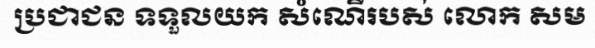
ប្រជាជន ទទួលយក សំណើរបស់ លោក សម